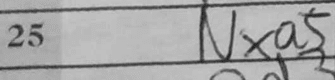
Transcription: Nxa5